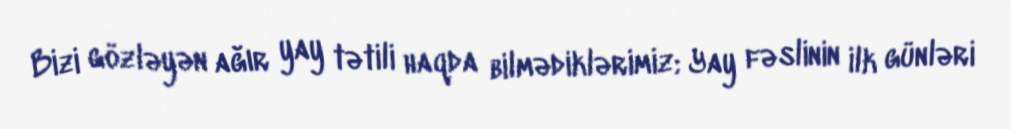
Bizi gözləyən ağır yay tətili haqda bilmədiklərimiz; Yay fəslinin ilk günləri